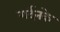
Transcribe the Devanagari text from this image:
गर्दनके